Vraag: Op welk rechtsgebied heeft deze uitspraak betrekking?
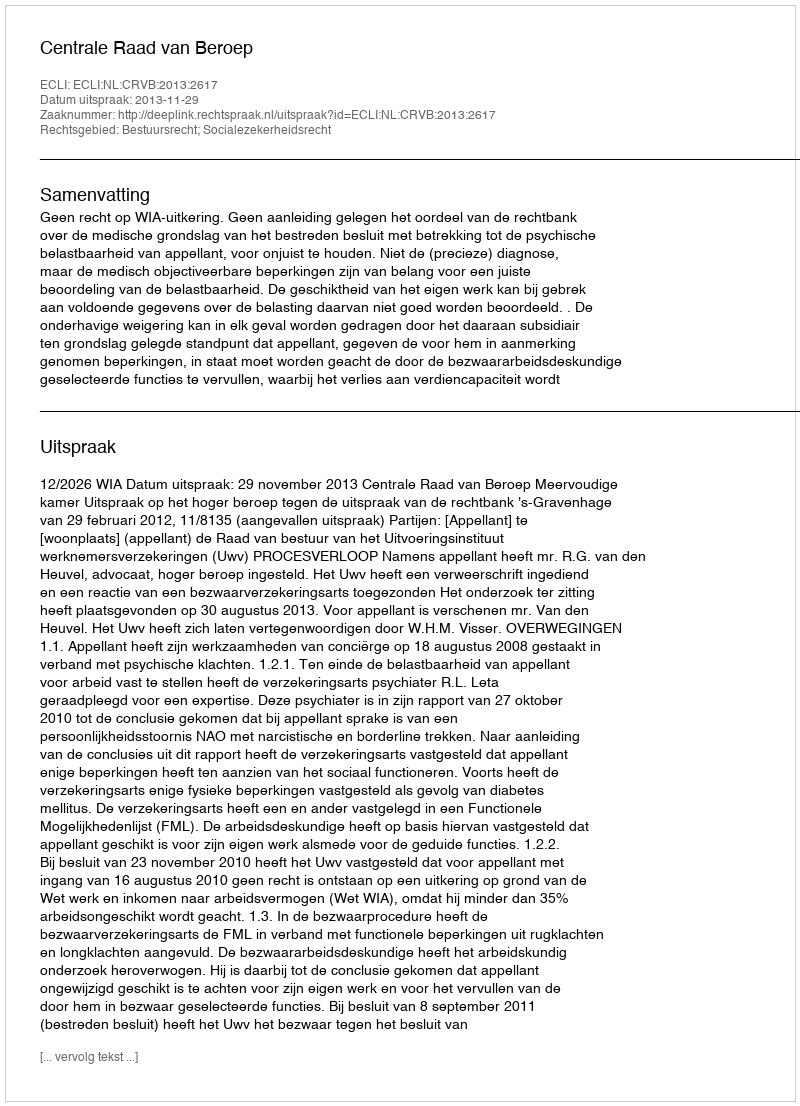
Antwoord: Bestuursrecht; Socialezekerheidsrecht